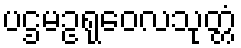
ပဌမဥရုဝေလသုတ္တံ